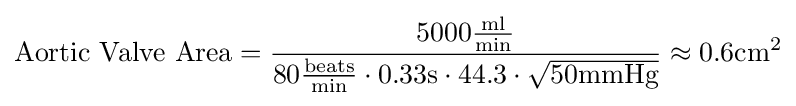
{\text{Aortic Valve Area}}={\frac {5000{\frac {\text{ml}}{\text{min}}}}{80{\frac {\text{beats}}{\text{min}}}\cdot 0.33{\text{s}}\cdot 44.3\cdot {\sqrt {50{\text{mmHg}}}}}}\approx 0.6{\text{cm}}^{2}